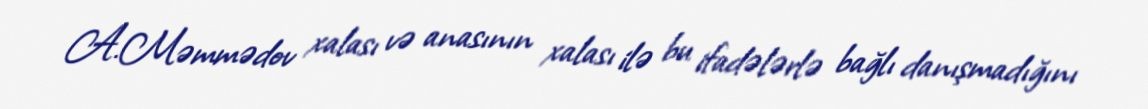
A.Məmmədov xalası və anasının xalası ilə bu ifadələrlə bağlı danışmadığını